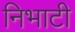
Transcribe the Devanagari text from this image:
निभाटी